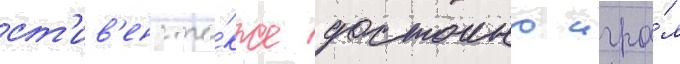
ст'ив'енс та́кже достоино игра́л